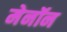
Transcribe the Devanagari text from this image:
मेनॉन